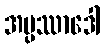
အပ္ပဿာဒေါ